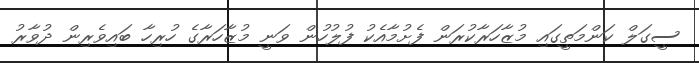
ސީގަލް ކަންމަތީގައި މުޒާހަރާކުރަން ފެށުމާއެކު ފުލުހުން ވަނީ މުޒާހަރާގެ ހުރިހާ ބައިވެރިން ދުވާރު